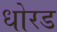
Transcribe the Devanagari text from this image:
धोरड